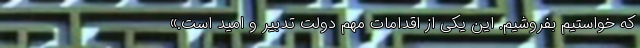
که خواستیم بفروشیم. این یکی از اقدامات مهم دولت تدبیر و امید است.»